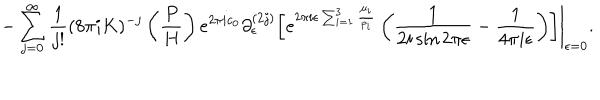
- \sum _ { j = 0 } ^ { \infty } \frac { 1 } { j ! } ( 8 \pi i K ) ^ { - j } \left( \frac { P } { H } \right) e ^ { 2 \pi i c _ { 0 } } \partial _ { \epsilon } ^ { ( 2 j ) } \left. \left[ e ^ { 2 \pi i \epsilon \sum _ { i = 1 } ^ { 3 } \frac { \mu _ { i } } { p _ { i } } } \left( \frac { 1 } { 2 i \sin 2 \pi \epsilon } - \frac { 1 } { 4 \pi i \epsilon } \right) \right] \right| _ { \epsilon = 0 } .